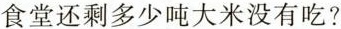
食堂还剩多少吨大米没有吃?